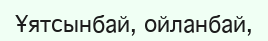
Ұятсынбай, ойланбай,